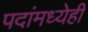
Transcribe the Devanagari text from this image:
पदांमध्येही